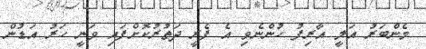
މެންބަރު އަލީ އާރިފު ހުންނެވި އެ ފެރީ ދަތުރުކޮށްފައި ވަނީ ހަރު އަޑުން